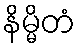
နိမ္မိတံ